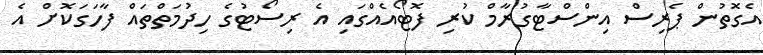
އެގޮތުން ޕެރިސް އިންސްޓާގުރާމް ކުރި ފޮޓޯއެއްގައި އެ ރިސޯޓުގެ ހިދުމަތްތައް ފާހަގަކޮށް އެ